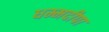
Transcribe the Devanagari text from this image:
धम्मदीपा